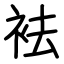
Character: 袪